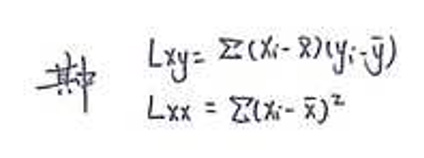
其中
\[
\begin{align*}
L_{xy}&=\sum(x_i - \bar{x})(y_i-\bar{y})\\
L_{xx}&=\sum(x_i - \bar{x})^2
\end{align*}
\]